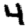
Digit: 4